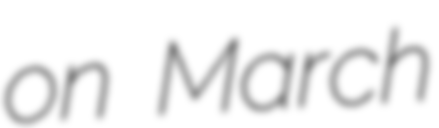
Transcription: on March